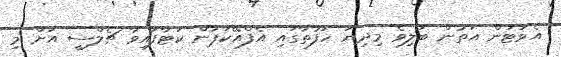
އެވަޓަން އަތުން ބަލިވެ މިދިޔަ ހަފުތާގައި އެފްއޭކަޕުން ކަޓާފައިވާ ޗެލްސީ އަށް މި